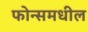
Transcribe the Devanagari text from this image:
फोन्समधील